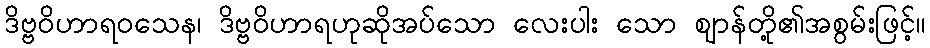
ဒိဗ္ဗဝိဟာရဝသေန၊ ဒိဗ္ဗဝိဟာရဟုဆိုအပ်သော လေးပါး သော ဈာန်တို့၏အစွမ်းဖြင့်။